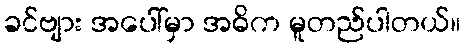
ခင်ဗျား အပေါ်မှာ အဓိက မူတည်ပါတယ်။